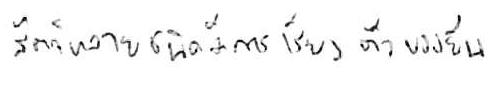
สัตว์หลายชนิดมีการเรียงตัวของยีน